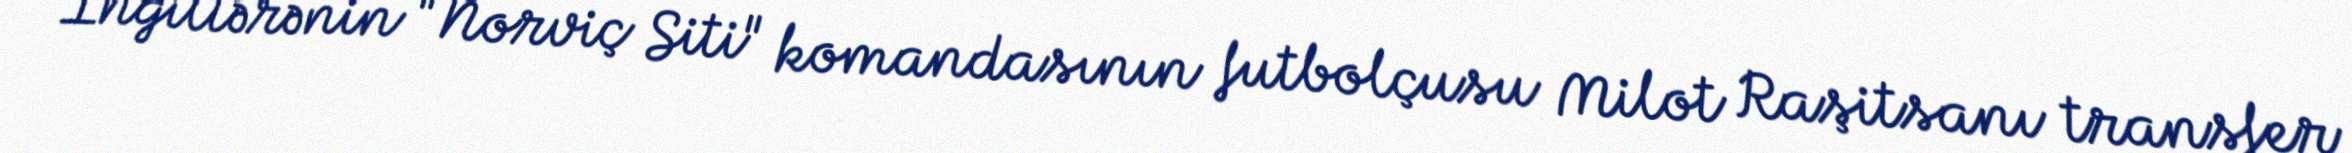
İngiltərənin "Norviç Siti" komandasının futbolçusu Milot Raşitsanı transfer